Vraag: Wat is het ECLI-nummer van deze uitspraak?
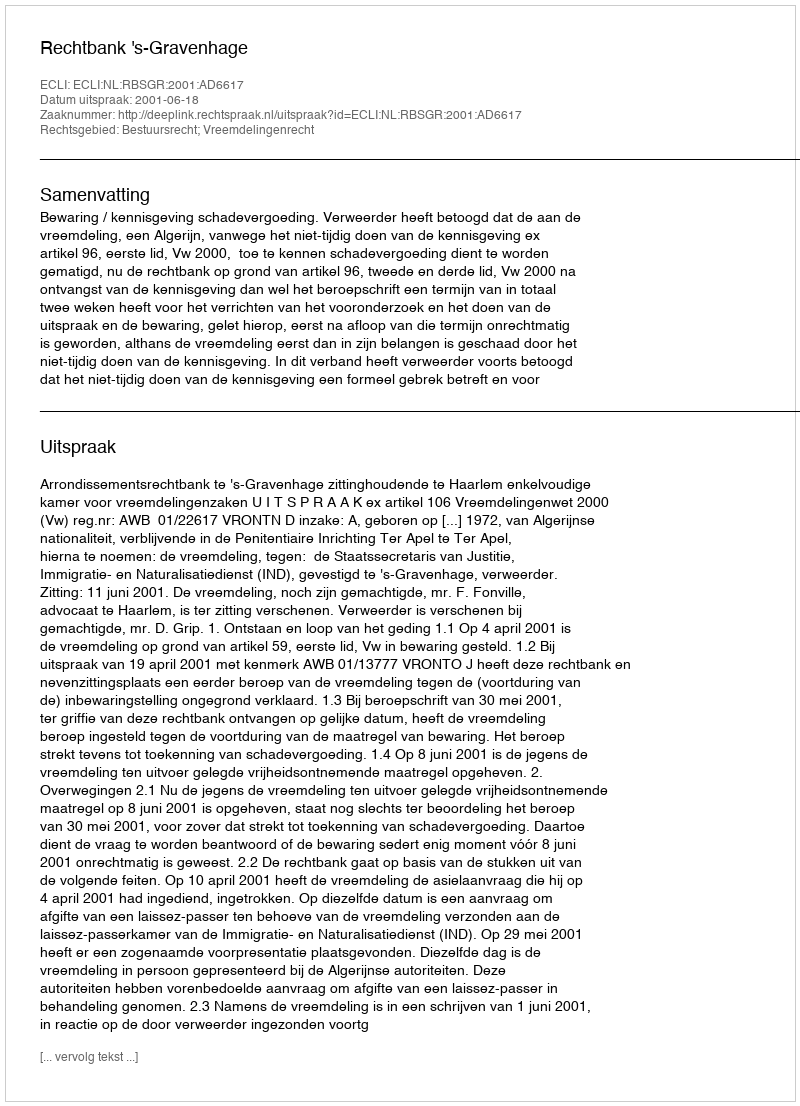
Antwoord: ECLI:NL:RBSGR:2001:AD6617